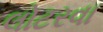
લોટરવા